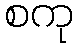
စကု